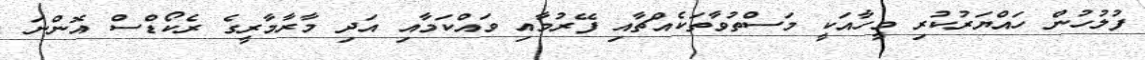
ފުލުހުން ހައްޔަރުކުރި މީހާއަކީ މަސްތުވާތަކެއްޗާއި ފޭރުމާއި ވައްކަމާއި އަދި މާރާމާރީގެ ރެކޯޑްސް އޮންނަ